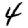
Digit: 4